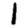
Digit: 1